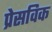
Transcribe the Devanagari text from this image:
प्रेसविक